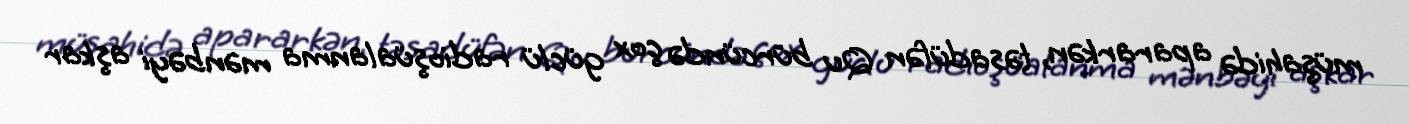
müşahidə apararkən, təsadüfən Qu bürcündə çox güclü radioşüalanma mənbəyi aşkar